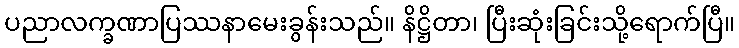
ပညာလက္ခဏာပြဿနာမေးခွန်းသည်။ နိဋ္ဌိတာ၊ ပြီးဆုံးခြင်းသို့ရောက်ပြီ။